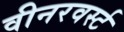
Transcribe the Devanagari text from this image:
वीनरवर्स्ट